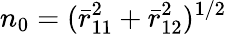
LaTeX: n_{0}=(\bar{r}_{11}^{2}+\bar{r}_{12}^{2})^{1/2}